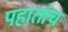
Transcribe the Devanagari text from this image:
पहातांच